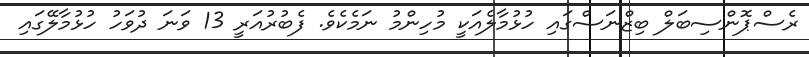
ރެސްޕޮންސިބަލް ބިޒްނަސްގައި ހުޅުމާލެއަކީ މުހިންމު ނަމެކެވެ. ފެބުރުއަރީ 13 ވަނަ ދުވަހު ހުޅުމާލޭގައި